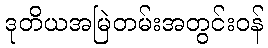
ဒုတိယအမြဲတမ်းအတွင်းဝန်